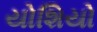
યોશિયો